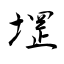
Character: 堽